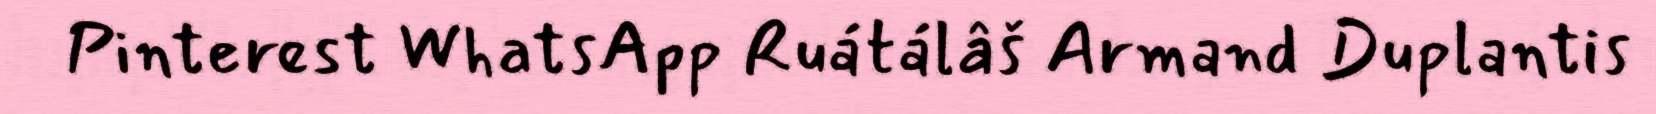
Pinterest WhatsApp Ruátálâš Armand Duplantis